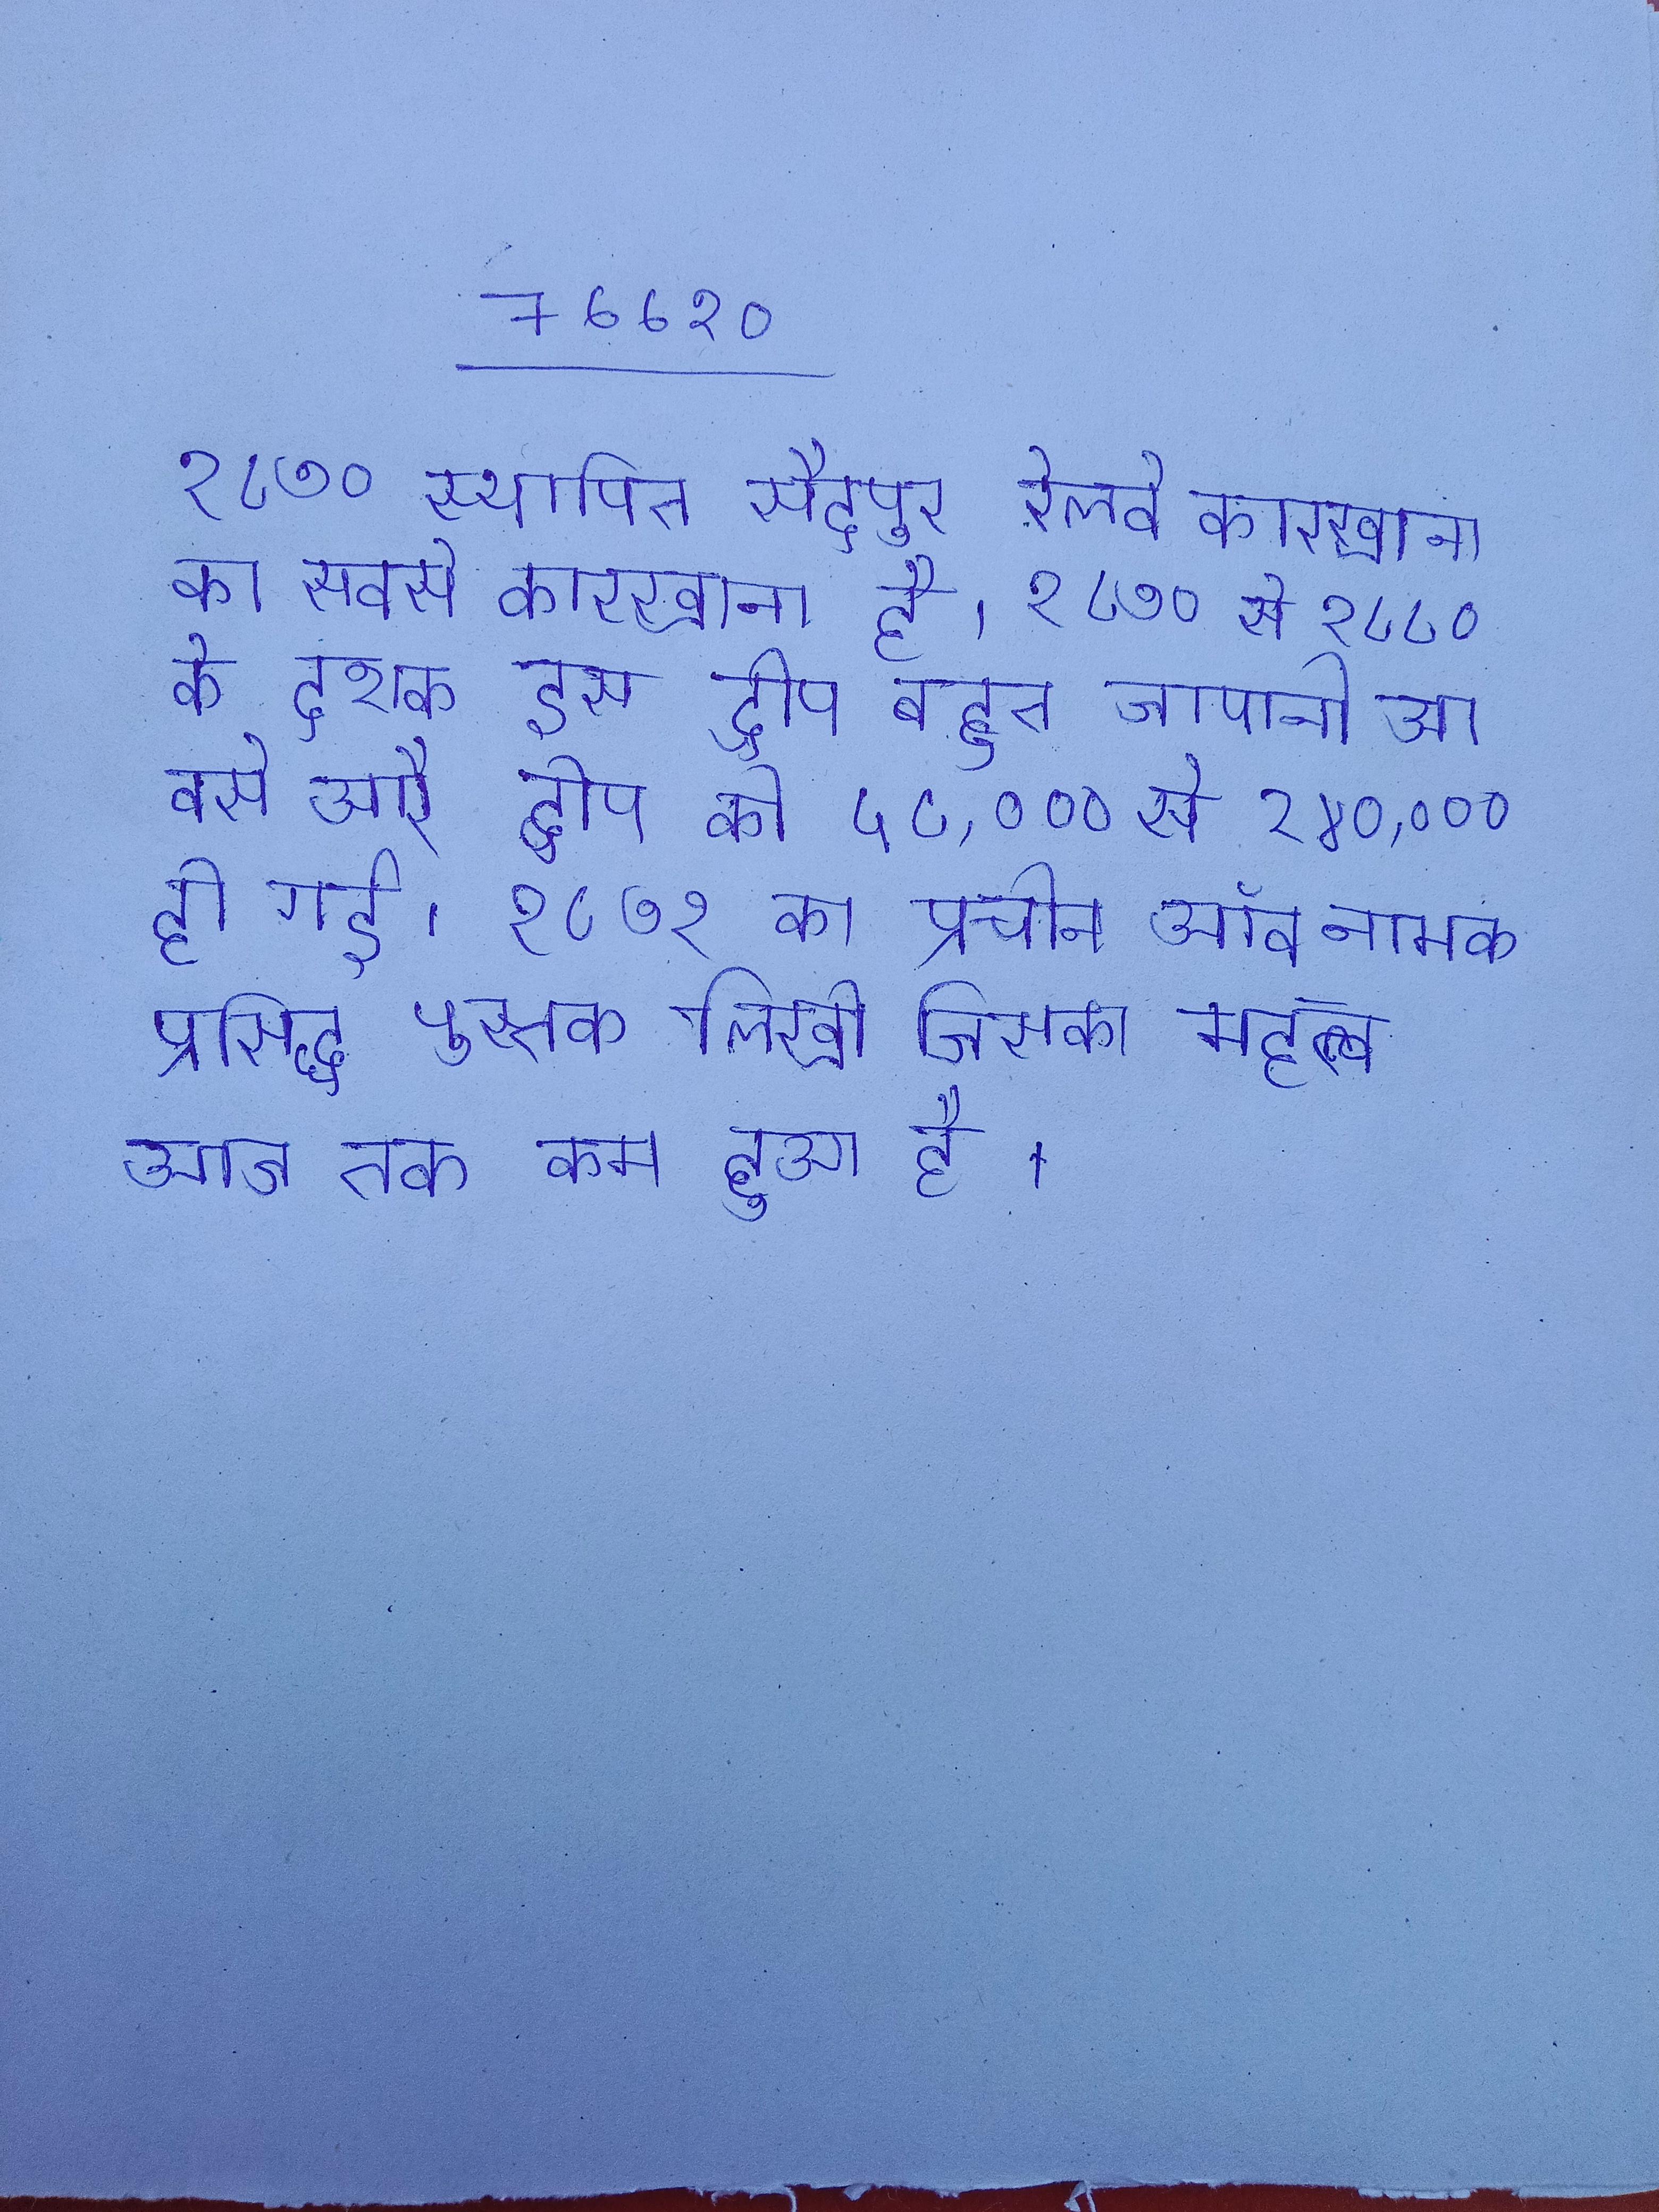
१८७० स्थापित सैदपुर रेलवे कारखाना का सबसे कारखाना है । १८७० से १८८० के दशक इस द्वीप बहुत जापानी आ बसे और द्वीप की ५८,००० से २४०,००० हो गई । १८७१ का प्राचीन ऑव नामक प्रसिद्ध पुस्तक लिखी जिसका महत्व आज तक कम हुआ है ।